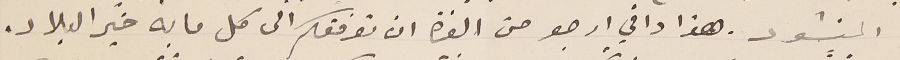
المنشود. هذا واني ارجو من العزة ان توفقكم الى كل ما به خَير البلاد.